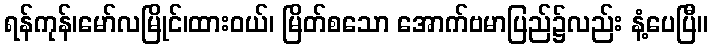
ရန်ကုန်၊မော်လမြိုင်၊ထားဝယ်၊ မြိတ်စသော အောက်ဗမာပြည်၌လည်း နံ့ပေပြီ။